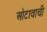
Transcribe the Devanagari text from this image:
ओटावाची